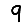
Digit: 9